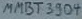
Text: MMBT3904